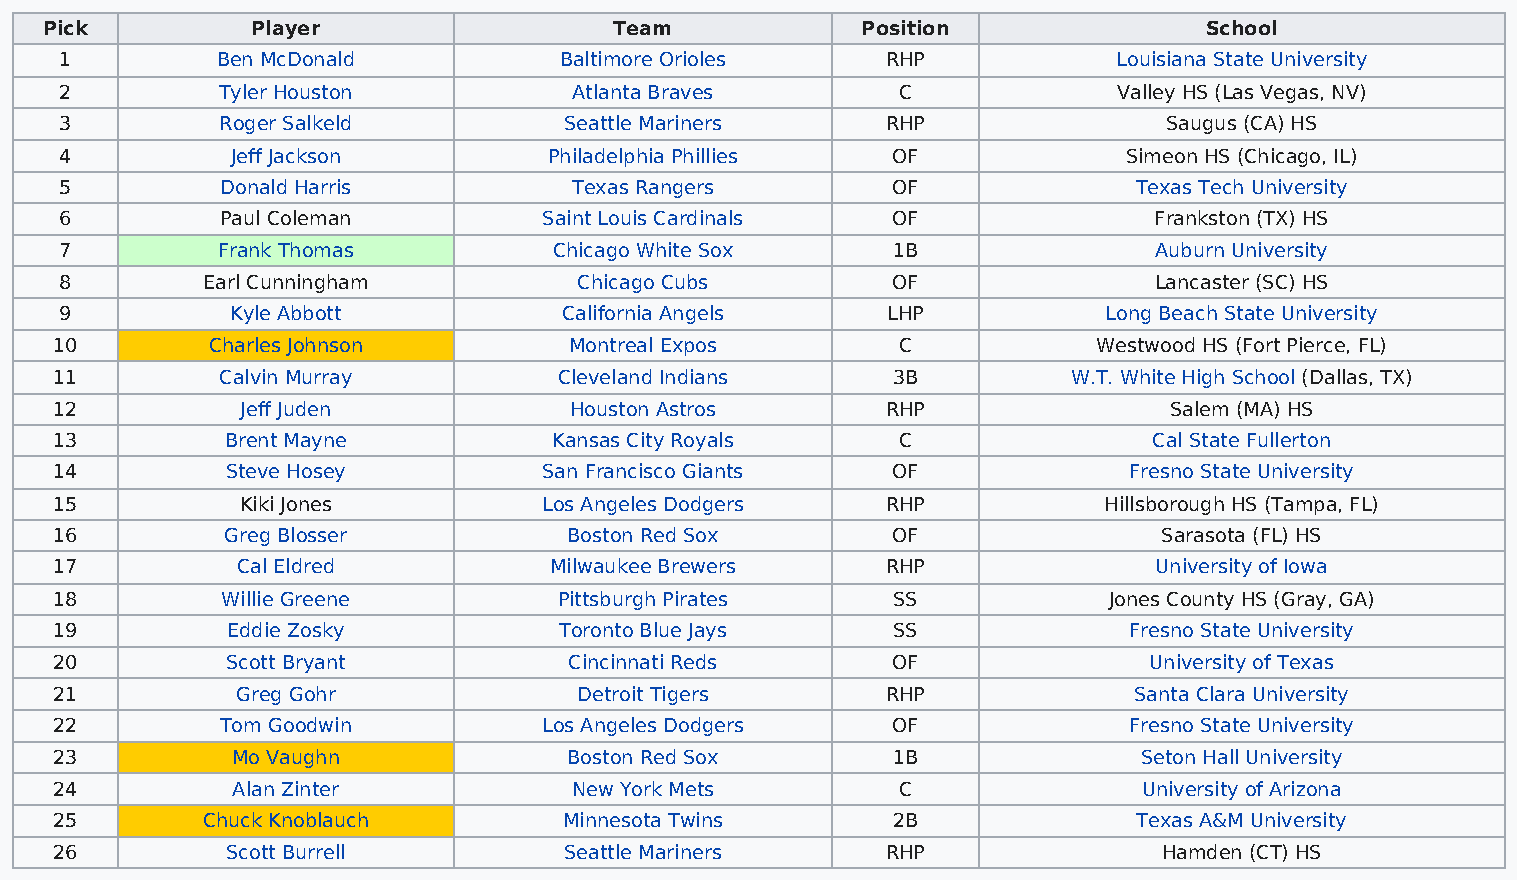
Pick          Player                  Team            Position               School
 1         Ben McDonald           Baltimore Orioles     RHP            Louisiana State University
 2         Tyler Houston           Atlanta Braves       C              Valley HS (Las Vegas, NV)
 3          Roger Salkeld         Seattle Mariners      RHP               Saugus (CA) HS
 4          Jeff Jackson         Philadelphia Phillies  OF              Simeon HS (Chicago, IL)
 5          Donald Harris          Texas Rangers        OF              Texas Tech University
 6          Paul Coleman         Saint Louis Cardinals  OF               Frankston (TX) HS
 7         Frank Thomas           Chicago White Sox     1B               Auburn University
 8        Earl Cunningham          Chicago Cubs         OF               Lancaster (SC) HS
 9          Kyle Abbott           California Angels     LHP           Long Beach State University
 10        Charles Johnson         Montreal Expos       C             Westwood HS (Fort Pierce, FL)
 11         Calvin Murray         Cleveland Indians     3B          W.T. White High School (Dallas, TX)
 12          Jeff Juden            Houston Astros       RHP               Salem (MA) HS
 13         Brent Mayne           Kansas City Royals    C                Cal State Fullerton
 14         Steve Hosey          San Francisco Giants   OF              Fresno State University
 15          Kiki Jones          Los Angeles Dodgers    RHP           Hillsborough HS (Tampa, FL)
 16         Greg Blosser           Boston Red Sox       OF                Sarasota (FL) HS
 17          Cal Eldred          Milwaukee Brewers      RHP              University of Iowa
 18         Willie Greene         Pittsburgh Pirates    SS            Jones County HS (Gray, GA)
 19         Eddie Zosky           Toronto Blue Jays     SS              Fresno State University
 20         Scott Bryant           Cincinnati Reds      OF               University of Texas
 21          Greg Gohr             Detroit Tigers       RHP             Santa Clara University
 22         Tom Goodwin          Los Angeles Dodgers    OF              Fresno State University
 23         Mo Vaughn              Boston Red Sox       1B               Seton Hall University
 24         Alan Zinter            New York Mets        C                University of Arizona
 25       Chuck Knoblauch         Minnesota Twins       2B              Texas A&M University
 26         Scott Burrell         Seattle Mariners      RHP               Hamden (CT) HS